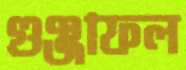
গুঞ্জাফল